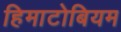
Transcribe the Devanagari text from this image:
हिमाटोबियम